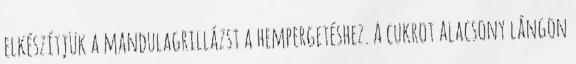
elkészítjük a mandulagrillázst a hempergetéshez. A cukrot alacsony lángon